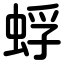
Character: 蜉